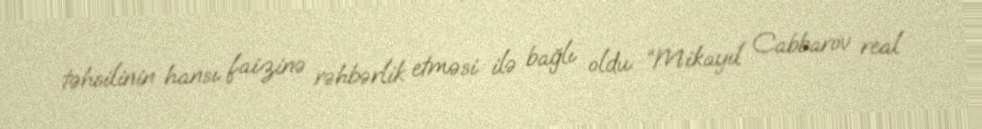
təhsilinin hansı faizinə rəhbərlik etməsi ilə bağlı oldu: “Mikayıl Cabbarov real